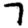
Digit: 7